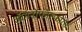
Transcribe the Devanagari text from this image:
ऑर्गनोफॉस्फोरस